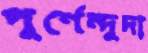
পূর্ণেন্দুদা